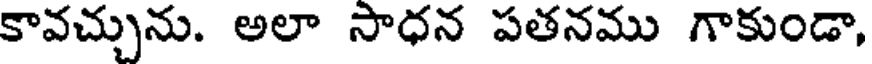
కావచ్చును. అలా సాధన పతనము గాకుండా,